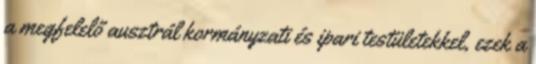
a megfelelő ausztrál kormányzati és ipari testületekkel, ezek a